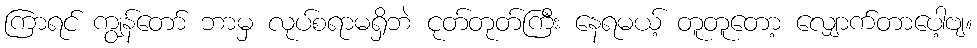
ကြာရင် ကျွန်တော် ဘာမှ လုပ်စရာမရှိဘဲ ငုတ်တုတ်ကြီး နေရမယ့် တူတူတော့ လျှောက်တာပေါ့ဗျ။